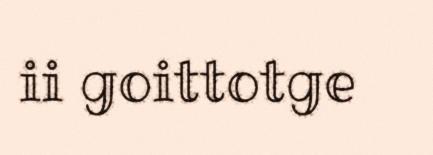
ii goittotge